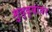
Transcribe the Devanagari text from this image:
मुद्‌द्‌यांवर